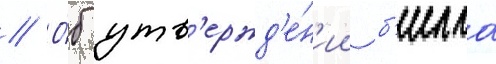
// О́б утв'ержд'е́н'ии б'илла